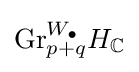
{\text{Gr}}_{p+q}^{W_{\bullet }}H_{\mathbb {C} }